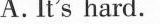
A.It's hard.